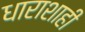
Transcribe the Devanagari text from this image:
धाराशाही